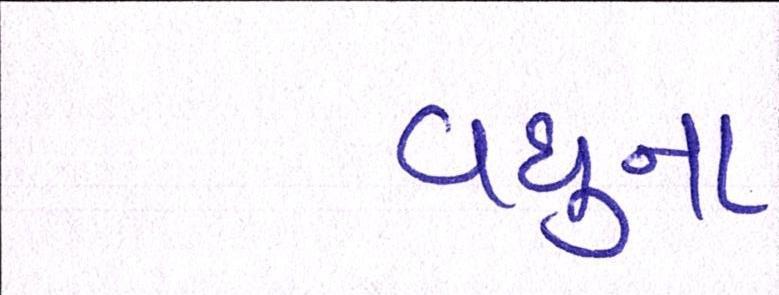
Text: વધુના